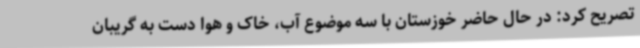
تصریح کرد: در حال حاضر خوزستان با سه موضوع آب، خاک و هوا دست به گریبان